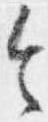
令